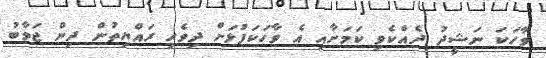
ވާހަކަ ނަޝީދު ދެއްކެވި ކަމަށާއި އެ ވާހަކަފުޅަށް ދިވެހި ރައްޔިތުން ދިން ޖަވާބު